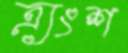
ত্র্যংশ